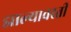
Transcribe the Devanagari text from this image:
झाल्यावरती